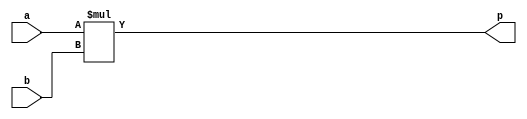
module mult64x64_check_us(a, b, p);

input [63:0] a, b;

output[127:0] p;

assign p = a * b;

endmodule